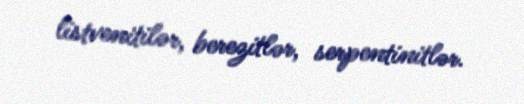
listvenitilər, berezitlər, serpentinitlər.